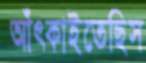
আঁৎকাইতেছিস